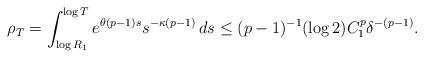
LaTeX: \begin{align*}\rho_T=\int_{\log R_1}^{\log T} e^{\theta(p-1) s}s^{-\kappa (p-1)}\,ds\leq (p-1)^{-1}(\log 2)C_1^p\delta^{-(p-1)}.\end{align*}